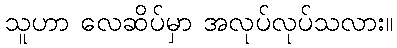
သူဟာ လေဆိပ်မှာ အလုပ်လုပ်သလား။